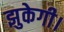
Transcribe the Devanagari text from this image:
झुकेगी।